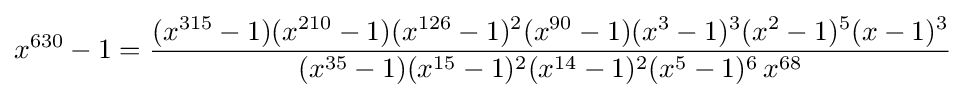
x^{630}-1={\frac {(x^{315}-1)(x^{210}-1)(x^{126}-1)^{2}(x^{90}-1)(x^{3}-1)^{3}(x^{2}-1)^{5}(x-1)^{3}}{(x^{35}-1)(x^{15}-1)^{2}(x^{14}-1)^{2}(x^{5}-1)^{6}\,x^{68}}}